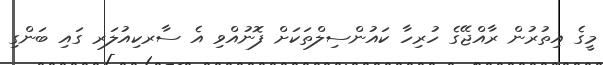
މީގެ އިތުރުން ރާއްޖޭގެ ހުރިހާ ކައުންސިލްތަކަށް ފޮނުއްވި އެ ސާރކިއުލަރ ގައި ބަންގި